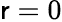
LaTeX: \mathsf{r}=0